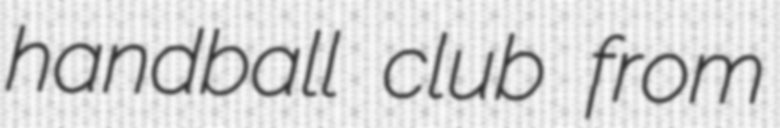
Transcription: handball club from